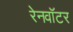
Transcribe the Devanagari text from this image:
रेनवॉटर